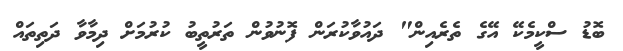
ބޮޑު ސްކީމެކޭ އޭގެ ތެރެއިން" ދައުވާކުރަން ފޮނުވުން ތަރުތީބު ކުރުމަށް ދިމާވާ ދަތިތައް